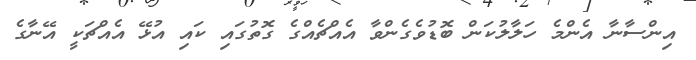
އިންސާނާ އެންމެ ހަލާލުކަން ބޮޑުވެގެންވާ އެއްޗެއްގެ ގޮތުގައި ކައި އުޅޭ އެއްޗަކީ އޭނާގެ